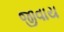
જીવાય